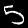
Label: 5